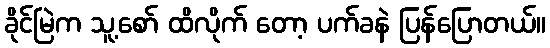
ခိုင်မြဲက သူ့စော် ထိလိုက် တော့ ပက်ခနဲ ပြန်ပြောတယ်။